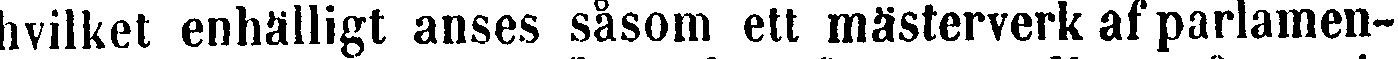
hvilket enhälligt anses såsom ett mästerverk af parlamen-